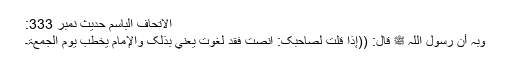
الاتحاف الباسم حدیث نمبر 333:
وَبِہٖ أَنَّ رَسُولَ اللہِ ﷺ قَالَ: ((إِذَا قُلْتَ لِصَاحِبِکَ: اَنْصِتْ فَقَدْ لَغَوْتَ یَعْنِي بِذٰلِکَ وَالْإِمَامُ یَخْطُبُ یَوْمَ الجُمُعَۃِ۔